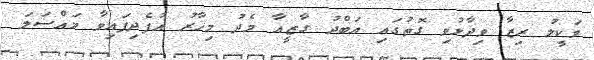
ވަކީލު ރިޒާ ވިދާޅުވި ގޮތުގައި އަބްދު ގާޒީއާ މެދު މިހާރު އުފެދިފައިވާ މައްސަލަ